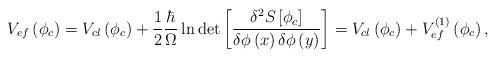
LaTeX: \begin{align*}V_{ef}\left( \phi _{c}\right) = V_{cl}\left( \phi _{c}\right) +\frac{1}{2}\frac{\hbar }{\Omega }\ln \det \left[ \frac{\delta ^{2}S\left[ \phi_{c}\right] }{\delta \phi \left( x\right) \delta \phi \left( y\right) }\right] = V_{cl}\left( \phi _{c}\right) + V_{ef}^{\left( 1\right) }\left( \phi_{c}\right) ,\end{align*}